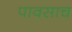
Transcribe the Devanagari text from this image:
पावसाच